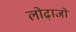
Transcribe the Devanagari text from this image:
लोढ़ाजो